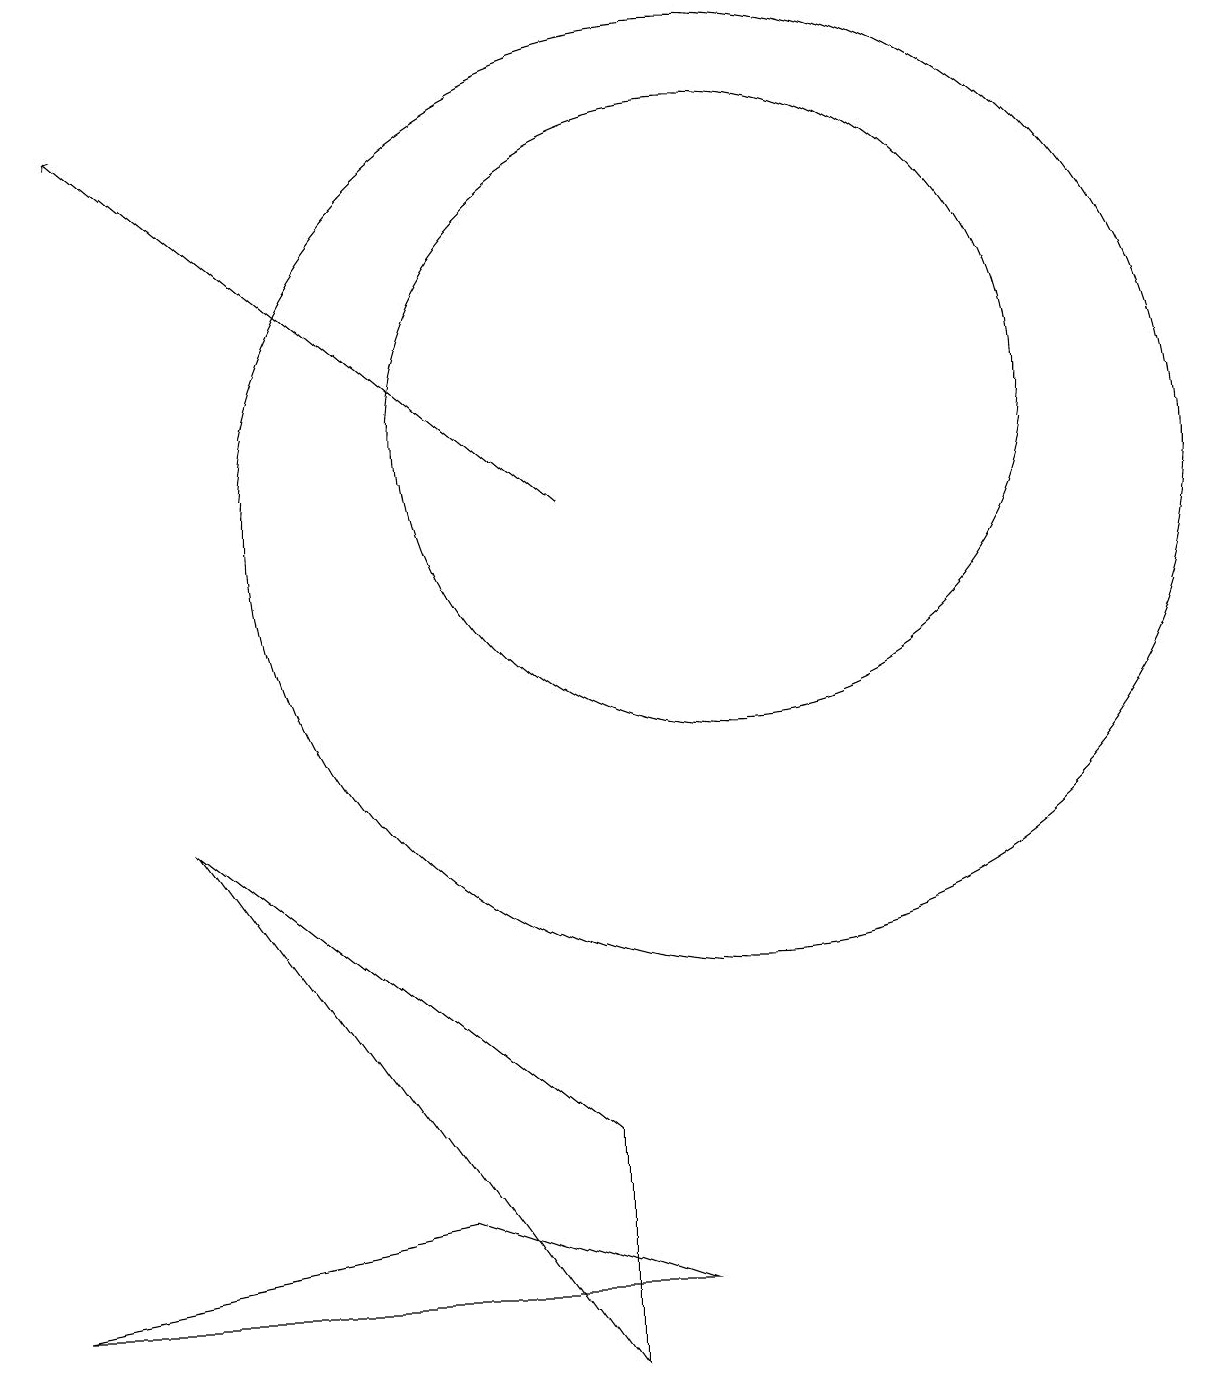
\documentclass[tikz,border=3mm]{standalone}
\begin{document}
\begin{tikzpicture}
\draw (10,12) circle (4);
\draw (8,3) -- (8,0) -- (3,7) -- cycle;
\draw (1,1) -- (6,2) -- (9,1) -- cycle;
\draw (10,11) circle (6);
\draw[->] (8,11) -- (2,16);
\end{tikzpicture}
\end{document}